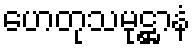
ဟေတုသမုဋ္ဌာနံ